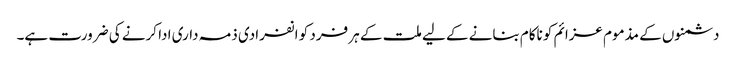
دشمنوں کے مذموم عزائم کو ناکام بنانے کے لیے ملت کے ہر فرد کو انفرادی ذمہ داری ادا کرنے کی ضرورت ہے۔